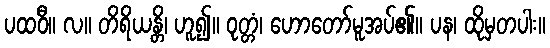
ပထဝီ။ လ။ တိရိယန္တိ၊ ဟူ၍။ ဝုတ္တံ၊ ဟောတော်မူအပ်၏။ ပန၊ ထိုမှတပါး။